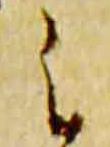
之